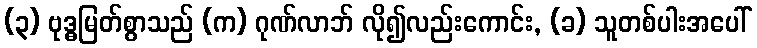
(၃) ဗုဒ္ဓမြတ်စွာသည် (က) ဂုဏ်လာဘ် လို၍လည်းကောင်း, (ခ) သူတစ်ပါးအပေါ်